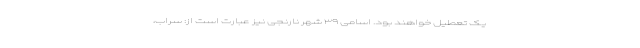
یک تعطیل خواهند بود. اسامی ۳۹ شهر نارنجی نیز عبارت است از: سراب،